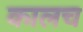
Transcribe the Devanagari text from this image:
कालच